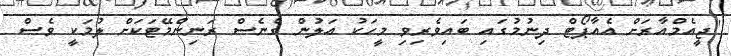
"ޖީއެމްއާރަށް އެއާޕޯޓް ދިނުމުގައި ބައިވެރިވި މީހަކު އަލުން ގެނެސް ރަނިންމޭޓަކަށް ލުމަކީ ވެސް